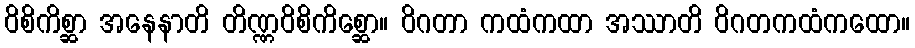
ဝိစိကိစ္ဆာ အနေနာတိ တိဏ္ဏဝိစိကိစ္ဆော။ ဝိဂတာ ကထံကထာ အဿာတိ ဝိဂတကထံကထော။